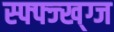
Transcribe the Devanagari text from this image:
स्फ्फ्ज्ख्ग्ज